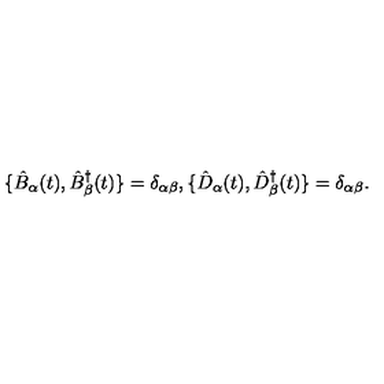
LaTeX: \{ \hat { B } _ { \alpha } ( t ) , \hat { B } _ { \beta } ^ { \dagger } ( t ) \} = \delta _ { \alpha \beta } , \{ \hat { D } _ { \alpha } ( t ) , \hat { D } _ { \beta } ^ { \dagger } ( t ) \} = \delta _ { \alpha \beta } .